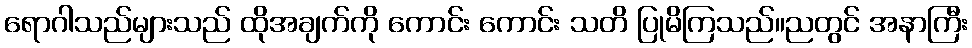
ရောဂါသည်များသည် ထိုအချက်ကို ကောင်း ကောင်း သတိ ပြုမိကြသည်။ညတွင် အနာကြီး